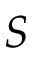
S